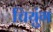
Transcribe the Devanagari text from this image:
चियुंग